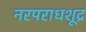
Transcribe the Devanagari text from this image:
नरपराधशूद्र